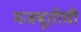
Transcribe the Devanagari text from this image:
मजबूतीची